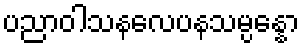
ပညာဝါသနလေပနသမ္ပန္နော